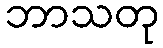
ဘာသတု